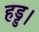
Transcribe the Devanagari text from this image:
हड्ड।